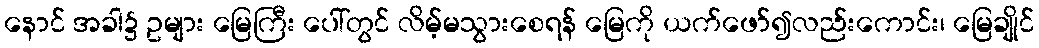
နောင် အခါ၌ ဥများ မြေကြီး ပေါ်တွင် လိမ့်မသွားစေရန် မြေကို ယက်ဖော်၍လည်းကောင်း၊ မြေချိုင်